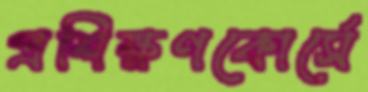
প্রশিক্ষণকোর্সে